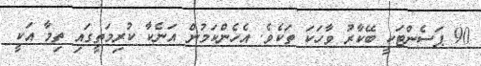
90 ޕަސެންޓަކީ ބޭކާރު ވާހަކަ ތަކެވެ. އެހެންކަމުން އަނެކާ ކުރިމަތީގައި ތިމާ އަކީ